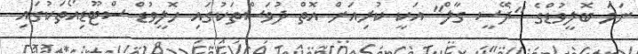
ނަމަ ބޮލީވުޑްގެ "ދޭސީ ގާލް" އަކީ ކުރިއަށް އޮތް ދުވަސްތަކުގައި ހޮލީވުޑް ސްޓޫޑިއޯތަކުގައި